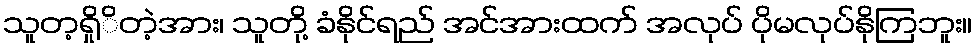
သူတ့ရှိုိတဲ့အား၊ သူတို့ ခံနိုင်ရည် အင်အားထက် အလုပ် ပိုမလုပ်နိုကြဘူး။